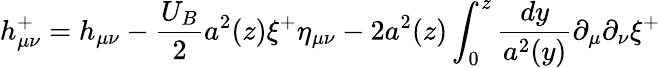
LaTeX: h_{\mu\nu}^{+}=h_{\mu\nu}-\frac{U_{B}}{2}a^{2}(z)\xi^{+}\eta_{\mu\nu}-2a^{2}(z)\int_{0}^{z}\frac{dy}{a^{2}(y)}\partial_{\mu}\partial_{\nu}\xi^{+}